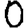
Digit: 0